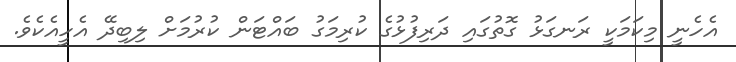
އެހެނީ މިކަމަކީ ރަނގަޅު ގޮތުގައި ދަރިފުޅުގެ ކުރިމަގު ބައްޓަން ކުރުމަށް ލިބިދޭ އެހީއެކެވެ.